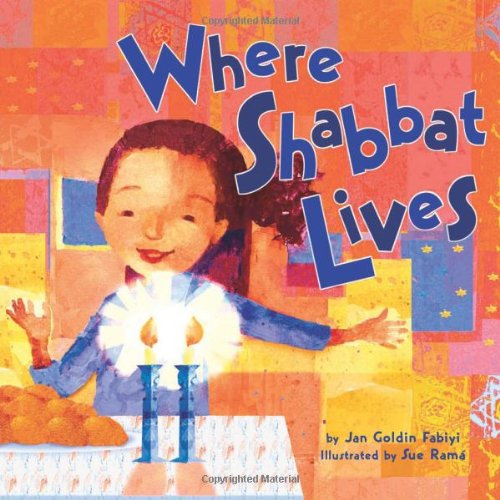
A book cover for Where Shabbat Lives (Very First Board Books); Jan Goldin Fabiyi; Children's Books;